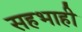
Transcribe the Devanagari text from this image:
सहभाही